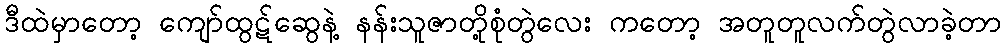
ဒီထဲမှာတော့ ကျော်ထွဋ်ဆွေနဲ့ နန်းသူဇာတို့စုံတွဲလေး ကတော့ အတူတူလက်တွဲလာခဲ့တာ